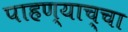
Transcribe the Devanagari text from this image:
पाहण्याच्चा